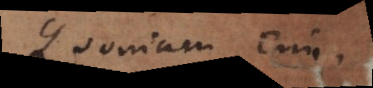
Quoniam enim